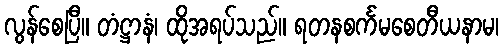
လွန်စေပြီ။ တံဋ္ဌာနံ၊ ထိုအရပ်သည်။ ရတနစင်္ကမစေတီယနာမ၊